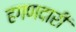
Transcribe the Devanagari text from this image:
हगणदारी